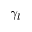
\gamma _ { l }